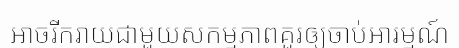
អាចរីករាយជាមួយសកម្មភាពគួរឲ្យចាប់អារម្មណ៍